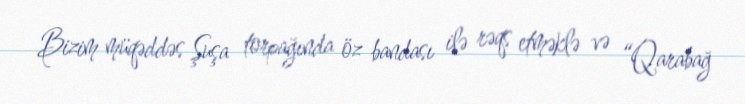
Bizim müqəddəs Şuşa torpağında öz bandası ilə rəqs etməklə və “Qarabağ